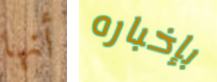
أنها بإخباره